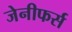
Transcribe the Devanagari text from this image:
जेनीफर्स